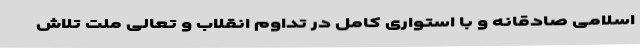
اسلامی صادقانه و با استواری کامل در تداوم انقلاب و تعالی ملت تلاش